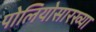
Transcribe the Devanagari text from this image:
पोलियोसारख्या